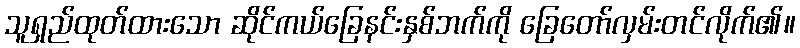
သူရှည်ထုတ်ထားသော ဆိုင်ကယ်ခြေနင်းနှစ်ဘက်ကို ခြေတော်လှမ်းတင်လိုက်၏။